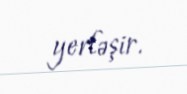
yerləşir.